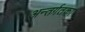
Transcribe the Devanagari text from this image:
अन्तर्गतका